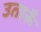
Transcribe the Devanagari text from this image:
उतारूँ